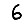
Digit: 6